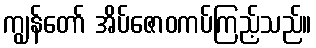
ကျွန်တော် အိပ်ဇောဝကပ်ကြည့်သည်။